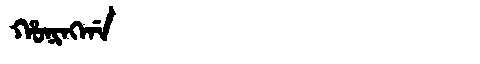
Manchu: ᡥᠣᠨᡳᠩᡤᠠ
Romanization: HONINGGA